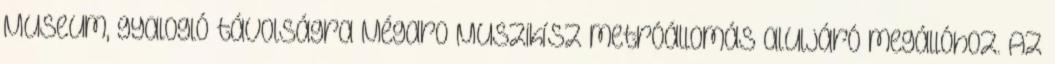
Museum, gyalogló távolságra Mégaro Muszikísz metróállomás aluljáró megállóhoz. Az